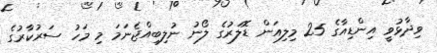
ވިދާޅުވީ އިންޑިއާގެ 25 މިލިއަން ޑޮލަރުގެ ލޯނު ނުލިބިއްޖެނަމަ މި މަހު ސަރުކާރުގެ